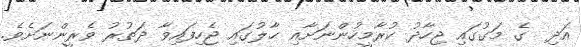
އަދި  ގެ މަގުގައި ޖިހާދު ކުރާމީހުންނަށާއި ޙާލުގައި ޖެހިފައިވާ ދަތުރު ވެރީންނަށެވެ.